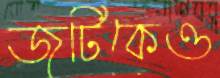
জুটিকেও